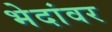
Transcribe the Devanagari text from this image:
भेदांवर